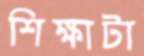
শিক্ষাটা